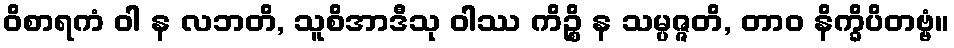
ဝိစာရကံ ဝါ န လဘတိ, သူစိအာဒီသု ဝါဿ ကိဉ္စိ န သမ္ပဇ္ဇတိ, တာဝ နိက္ခိပိတဗ္ဗံ။